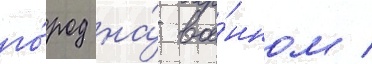
го́род на́ вое́нном /